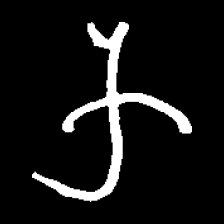
Pyu character \u2014 Myanmar letter: က (romanized: ka)